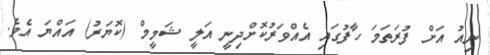
ނިއު އަށް ފުރަތަމަ ހާފުގައި އެއްވަރުކޮށްދިނީ އަލީ ޝަމީމް (ކޮޔަރު) އައްޔަ އެވެ.